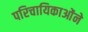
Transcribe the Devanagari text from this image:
परिचायिकाओंने